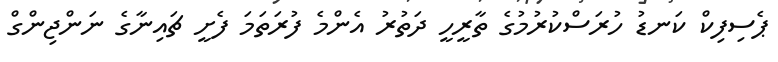
ޕެސިފިކް ކަނޑު ހުރަސްކުރުމުގެ ތާރީހީ ދަތުރު އެންމެ ފުރަތަމަ ފެށީ ޗައިނާގެ ނަންޖިންގް